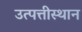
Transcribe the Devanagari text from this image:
उत्पत्तीस्थान